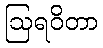
ဩရဝိတာ